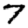
Digit: 7